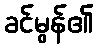
ခင်မွန်၏